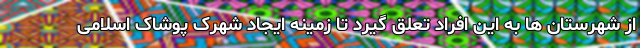
از شهرستان ها به این افراد تعلق گیرد تا زمینه ایجاد شهرک پوشاک اسلامی